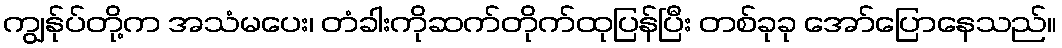
ကျွန်ုပ်တို့က အသံမပေး၊ တံခါးကိုဆက်တိုက်ထုပြန်ပြီး တစ်ခုခု အော်ပြောနေသည်။